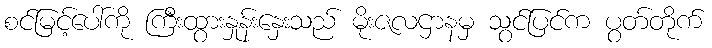
စင်မြင့်ပေါ်ကို ကြီးထွားနှုန်းနှေးသည် မိုးဇလဌာနမှ သွင်ပြင်က ပွတ်တိုက်